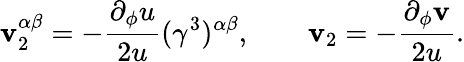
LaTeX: \mathbf{v}_{2}^{\alpha\beta}=-\frac{{\partial_{\phi}u}}{{2u}}(\gamma^{3})^{\alpha\beta},\qquad\mathbf{v}_{2}=-\frac{{\partial_{\phi}\mathbf{v}}}{{2u}}.